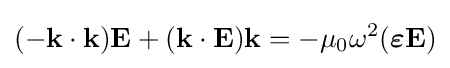
(-\mathbf {k} \cdot \mathbf {k} )\mathbf {E} +(\mathbf {k} \cdot \mathbf {E} )\mathbf {k} =-\mu _{0}\omega ^{2}({\boldsymbol {\varepsilon }}\mathbf {E} )